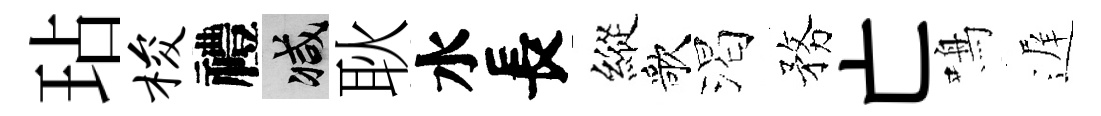
玷梭禮减耿水長縱歌渴務亡鳴遅